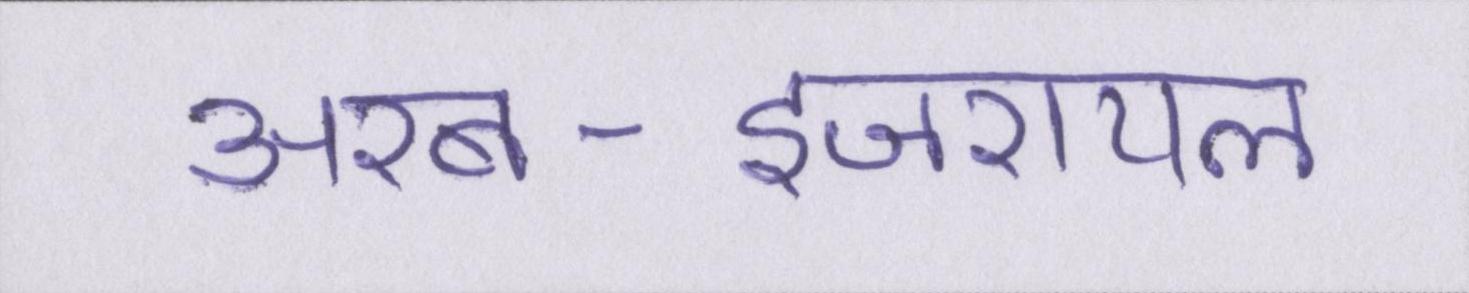
अरब-इजरायल